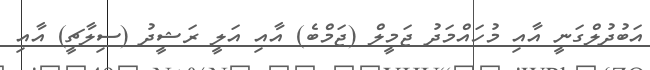
އަބުދުލްގަނީ އާއި މުހައްމަދު ޖަމީލް (ޖަމްބެ) އާއި އަލީ ރަޝީދު (ސިލާޗީ) އާއި